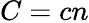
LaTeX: C=cn